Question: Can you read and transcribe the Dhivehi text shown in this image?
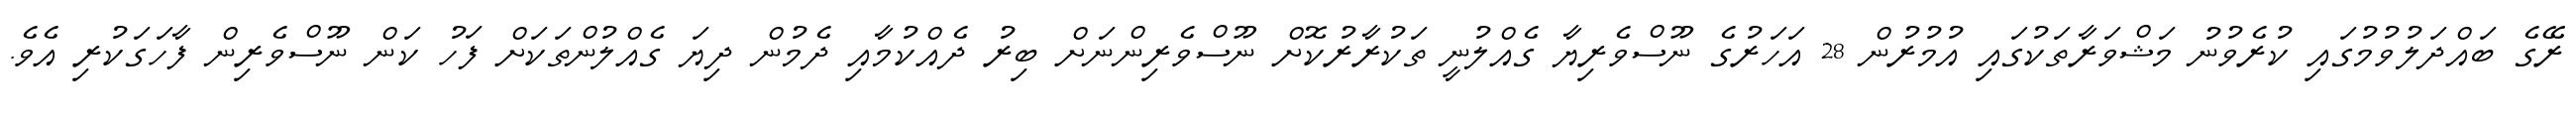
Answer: ރޭގެ ބައްދަލުވުމުގައި ކުރެވުނު މަޝްވަރާތަކުގައި އުމުރުން 28 އަހަރުގެ ނޫސްވެރިޔާ ގެއްލުނީ ތަކުރާރުކޮށް ނޫސްވެރިންނަށް ބިރު ދެއްކުމާއި ދެމުން ދިޔަ ގެއްލުންތަކަށް ފަހު ކަން ނޫސްވެރިން ފާހަގަކުރި އެވެ.